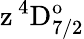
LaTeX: \mathrm{z\, ^{4}D_{7/2}^{o}}